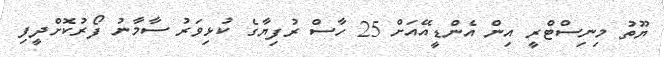
ޔޫތު މިނިސްޓްރީ އިން އެންޑީއޭއަށް 25 ހާސް ރުފިޔާގެ ކުޅިވަރު ސާމާނު ފޯރުކޮށްދީފި